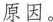
原因。